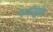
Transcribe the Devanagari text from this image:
गजांमुळे